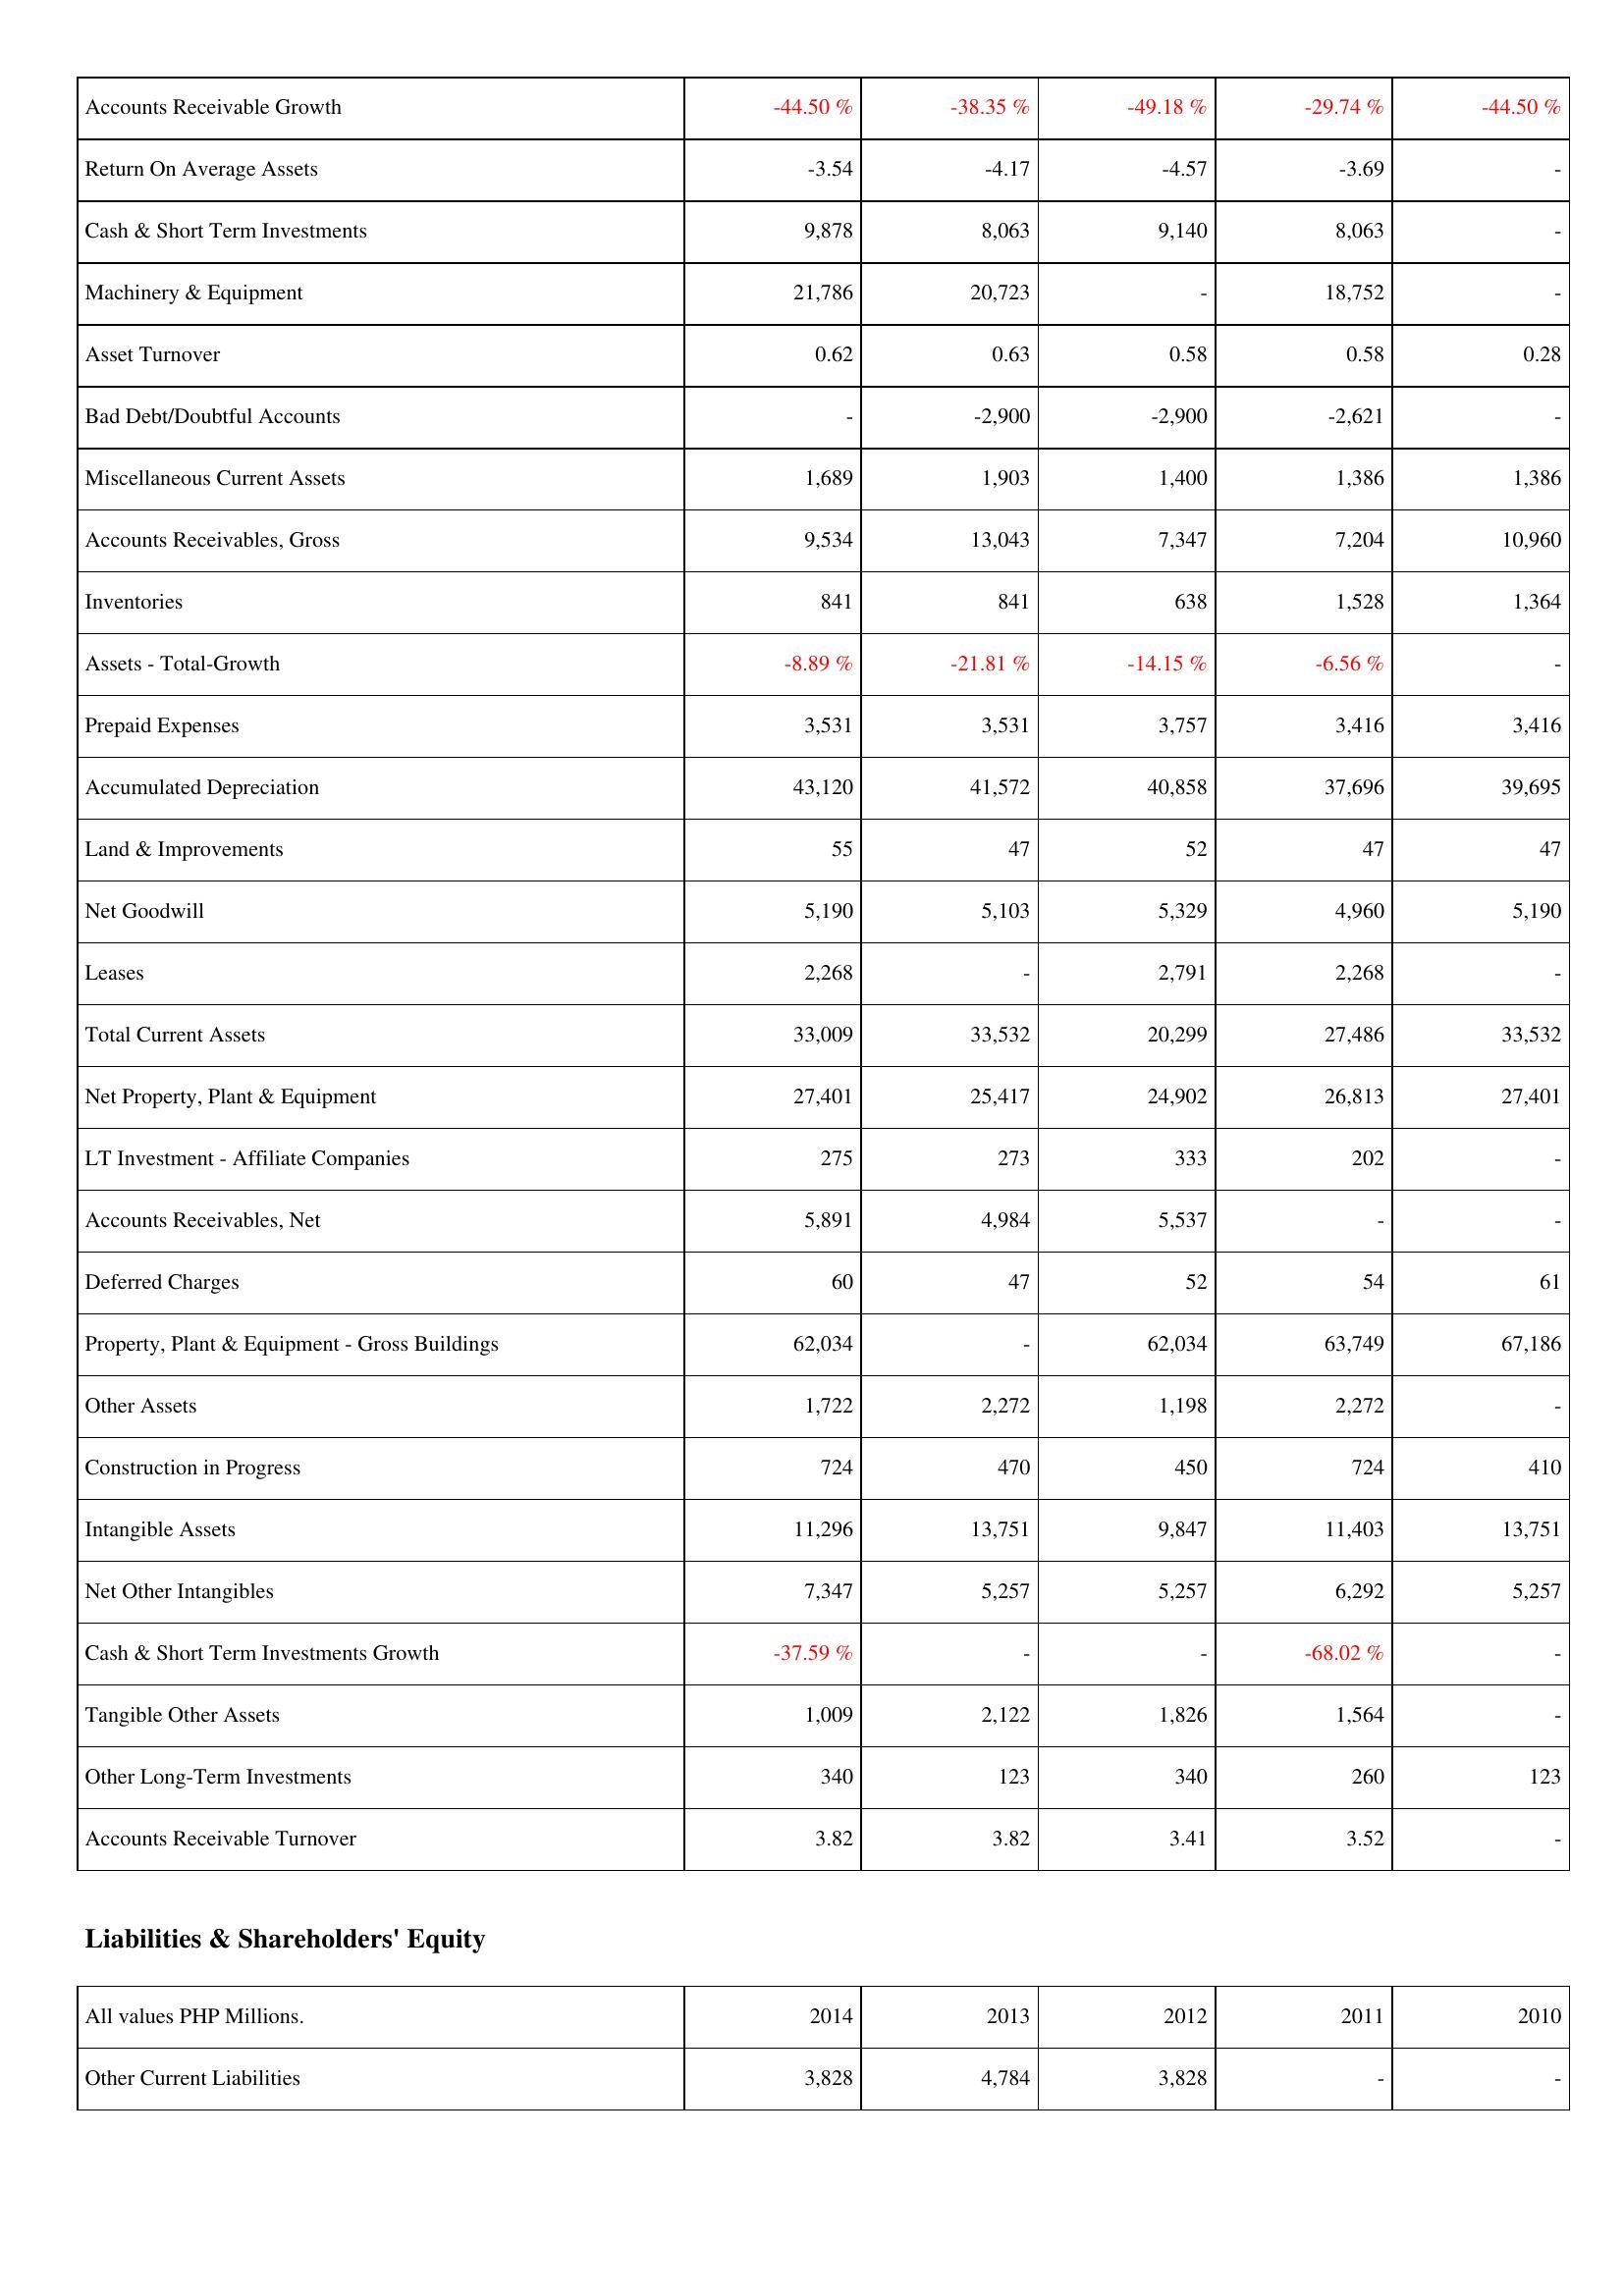
2014: Assets: Accounts Receivable Growth: -44.50 %
Return On Average Assets: -3.54
Cash & Short Term Investments: 9,878
Machinery & Equipment: 21,786
Asset Turnover: 0.62
Bad Debt/Doubtful Accounts: -
Miscellaneous Current Assets: 1,689
Accounts Receivables, Gross: 9,534
Inventories: 841
Assets - Total-Growth: -8.89 %
Prepaid Expenses: 3,531
Accumulated Depreciation: 43,120
Land & Improvements: 55
Net Goodwill: 5,190
Leases: 2,268
Total Current Assets: 33,009
Net Property, Plant & Equipment: 27,401
LT Investment - Affiliate Companies: 275
Accounts Receivables, Net: 5,891
Deferred Charges: 60
Property, Plant & Equipment - Gross Buildings: 62,034
Other Assets: 1,722
Construction in Progress: 724
Intangible Assets: 11,296
Net Other Intangibles: 7,347
Cash & Short Term Investments Growth: -37.59 %
Tangible Other Assets: 1,009
Other Long-Term Investments: 340
Accounts Receivable Turnover: 3.82
Liabilities & Shareholders' Equity: Other Current Liabilities: 3,828
2013: Assets: Accounts Receivable Growth: -38.35 %
Return On Average Assets: -4.17
Cash & Short Term Investments: 8,063
Machinery & Equipment: 20,723
Asset Turnover: 0.63
Bad Debt/Doubtful Accounts: -2,900
Miscellaneous Current Assets: 1,903
Accounts Receivables, Gross: 13,043
Inventories: 841
Assets - Total-Growth: -21.81 %
Prepaid Expenses: 3,531
Accumulated Depreciation: 41,572
Land & Improvements: 47
Net Goodwill: 5,103
Leases: -
Total Current Assets: 33,532
Net Property, Plant & Equipment: 25,417
LT Investment - Affiliate Companies: 273
Accounts Receivables, Net: 4,984
Deferred Charges: 47
Property, Plant & Equipment - Gross Buildings: -
Other Assets: 2,272
Construction in Progress: 470
Intangible Assets: 13,751
Net Other Intangibles: 5,257
Cash & Short Term Investments Growth: -
Tangible Other Assets: 2,122
Other Long-Term Investments: 123
Accounts Receivable Turnover: 3.82
Liabilities & Shareholders' Equity: Other Current Liabilities: 4,784
2012: Assets: Accounts Receivable Growth: -49.18 %
Return On Average Assets: -4.57
Cash & Short Term Investments: 9,140
Machinery & Equipment: -
Asset Turnover: 0.58
Bad Debt/Doubtful Accounts: -2,900
Miscellaneous Current Assets: 1,400
Accounts Receivables, Gross: 7,347
Inventories: 638
Assets - Total-Growth: -14.15 %
Prepaid Expenses: 3,757
Accumulated Depreciation: 40,858
Land & Improvements: 52
Net Goodwill: 5,329
Leases: 2,791
Total Current Assets: 20,299
Net Property, Plant & Equipment: 24,902
LT Investment - Affiliate Companies: 333
Accounts Receivables, Net: 5,537
Deferred Charges: 52
Property, Plant & Equipment - Gross Buildings: 62,034
Other Assets: 1,198
Construction in Progress: 450
Intangible Assets: 9,847
Net Other Intangibles: 5,257
Cash & Short Term Investments Growth: -
Tangible Other Assets: 1,826
Other Long-Term Investments: 340
Accounts Receivable Turnover: 3.41
Liabilities & Shareholders' Equity: Other Current Liabilities: 3,828
2011: Assets: Accounts Receivable Growth: -29.74 %
Return On Average Assets: -3.69
Cash & Short Term Investments: 8,063
Machinery & Equipment: 18,752
Asset Turnover: 0.58
Bad Debt/Doubtful Accounts: -2,621
Miscellaneous Current Assets: 1,386
Accounts Receivables, Gross: 7,204
Inventories: 1,528
Assets - Total-Growth: -6.56 %
Prepaid Expenses: 3,416
Accumulated Depreciation: 37,696
Land & Improvements: 47
Net Goodwill: 4,960
Leases: 2,268
Total Current Assets: 27,486
Net Property, Plant & Equipment: 26,813
LT Investment - Affiliate Companies: 202
Accounts Receivables, Net: -
Deferred Charges: 54
Property, Plant & Equipment - Gross Buildings: 63,749
Other Assets: 2,272
Construction in Progress: 724
Intangible Assets: 11,403
Net Other Intangibles: 6,292
Cash & Short Term Investments Growth: -68.02 %
Tangible Other Assets: 1,564
Other Long-Term Investments: 260
Accounts Receivable Turnover: 3.52
Liabilities & Shareholders' Equity: Other Current Liabilities: -
2010: Assets: Accounts Receivable Growth: -44.50 %
Return On Average Assets: -
Cash & Short Term Investments: -
Machinery & Equipment: -
Asset Turnover: 0.28
Bad Debt/Doubtful Accounts: -
Miscellaneous Current Assets: 1,386
Accounts Receivables, Gross: 10,960
Inventories: 1,364
Assets - Total-Growth: -
Prepaid Expenses: 3,416
Accumulated Depreciation: 39,695
Land & Improvements: 47
Net Goodwill: 5,190
Leases: -
Total Current Assets: 33,532
Net Property, Plant & Equipment: 27,401
LT Investment - Affiliate Companies: -
Accounts Receivables, Net: -
Deferred Charges: 61
Property, Plant & Equipment - Gross Buildings: 67,186
Other Assets: -
Construction in Progress: 410
Intangible Assets: 13,751
Net Other Intangibles: 5,257
Cash & Short Term Investments Growth: -
Tangible Other Assets: -
Other Long-Term Investments: 123
Accounts Receivable Turnover: -
Liabilities & Shareholders' Equity: Other Current Liabilities: -